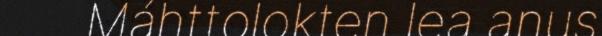
Máhttolokten lea anus